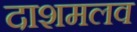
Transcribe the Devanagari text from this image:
दाशमलव